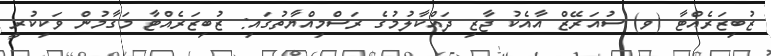
ޒުބިޒަރެއްޓާ (ވ) ސުއަރޭޒް އާއެކު ޖާޒި ދައްކާލުމުގެ ރަސްމިއްޔާތުގައި: ޒުބިޒަރެއްޓާ މަގާމުން ވަކިކުރީ